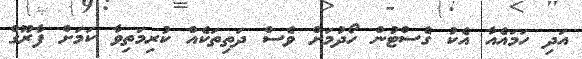
އަދި ހަމައެއާ އެކު ގެސްޓުން ހޯދުމަށް ވެސް ދަތިތަކެއް ކުރިމަތިވާ ކަމަށް ފާރޫގް